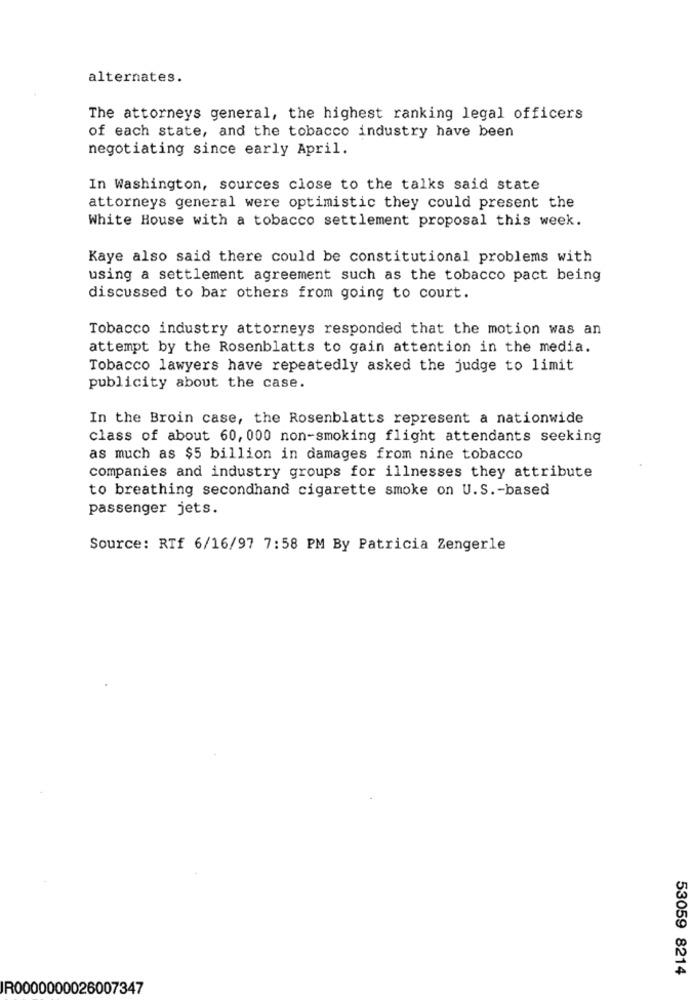
alternates.
The attorneys general, the highest ranking legal officers
of each state, and the tobacco industry have been
negotiating since early April.
In Washington, sources close to the talks said state
attorneys general were optimistic they could present the
White House with a tobacco settlement proposal this week.
Kaye also said there could be constitutional problems with
using a settlement agreement such as the tobacco pact being
discussed to bar others from going to court.
Tobacco industry attorneys responded that the motion was an
attempt by the Rosenblatts to gain attention in the media.
Tobacco lawyers have repeatedly asked the judge to limit
publicity about the case.
In the Broin case, the Rosenblatts represent a nationwide
class of about 60, 000 non-smoking flight attendants seeking
as much as $5 billion in damages from nine tobacco
companies and industry groups for illnesses they attribute
to breathing secondhand cigarette smoke on U.S. - based
passenger jets.
Source: RTf 6/16/97 7:58 PM By Patricia Zengerle
53059 8214
IR0000000026007347